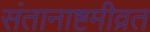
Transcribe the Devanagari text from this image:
संतानाष्टमीव्रत